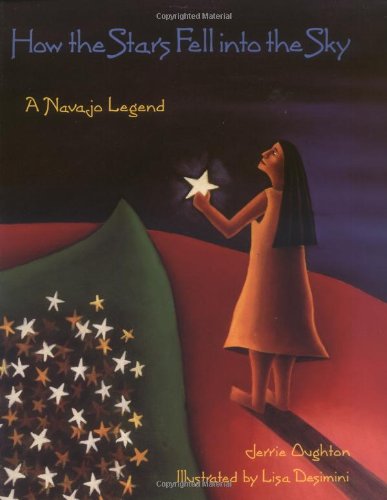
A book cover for How the Stars Fell into the Sky: A Navajo Legend (Sandpiper Houghton Mifflin Books); Jerrie Oughton; Children's Books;